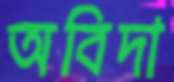
অবিদা